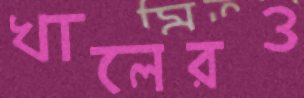
খালেরও